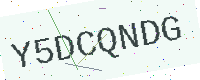
Text: Y5DCQNDG